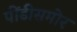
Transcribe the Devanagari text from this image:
पींडीसमोर